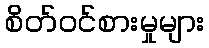
စိတ်ဝင်စားမှုများ